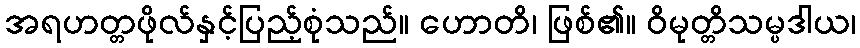
အရဟတ္တဖိုလ်နှင့်ပြည့်စုံသည်။ ဟောတိ၊ ဖြစ်၏။ ဝိမုတ္တိသမ္ပဒါယ၊